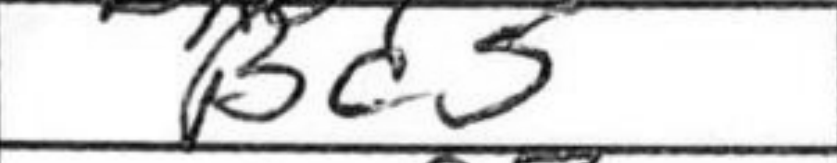
Transcription: Bc5